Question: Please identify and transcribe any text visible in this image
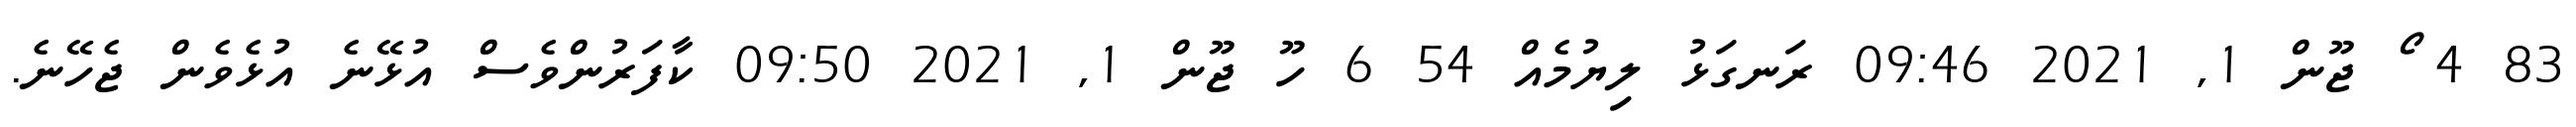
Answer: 83 4 ޯ ޖޫން 1, 2021 09:46 ރަނގަޅު ލިޔުމެއް 54 6 ހޫ ޖޫން 1, 2021 09:50 ކާފަރުންވެސް އުޅޭނެ އުޅެވެން ޖެހޭނެ.